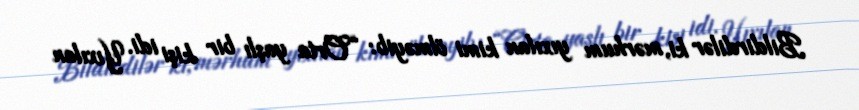
Bildirdilər ki, mərhum yıxılan kimi ölməyib: “Orta yaşlı bir kişi idi. Yıxılan